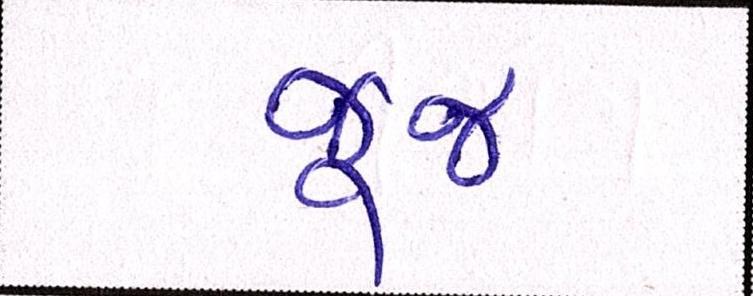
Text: જૂજ